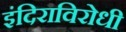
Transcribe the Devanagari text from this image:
इंदिराविरोधी